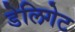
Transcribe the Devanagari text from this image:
डेलिगेट